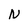
Character: N